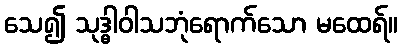
သေ၍ သုဒ္ဓါဝါသဘုံရောက်သော မထေရ်။